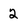
Character: 2